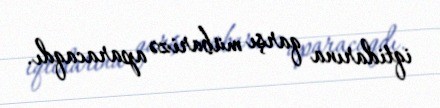
iqtidarına qarşı mübarizə aparacaqdı.